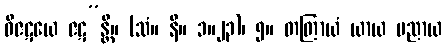
ဝိဇဋယေ ဇဋ”န္တိ။ (သံ။ နိ။ ၁။၂၃)၊ ၅။ တတြာယံ ယာယ ပညာယ